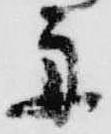
舟